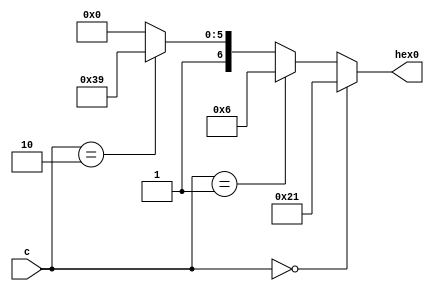
module sevensegment(c ,hex0);
input [1:0] c;
output wire [6:0] hex0;

reg [6:0] segments;

assign hex0 = segments;

always@(c) begin
	if(c == 2'b00)
		//display: d
		segments = 7'b0100001;
	else if(c == 2'b01)
		//display; E
		segments = 7'b0000110;
	else if(c == 2'b10)
		//display: 1
		segments = 7'b1111001;
	else
		//display: 0
		segments = 7'b1000000;
end

endmodule